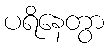
ပရိနေတွာ